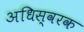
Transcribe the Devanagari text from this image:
अधिस्वरक